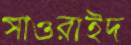
সাওরাইদ